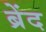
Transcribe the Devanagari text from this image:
ब्रेंद